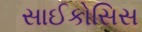
સાઈકોસિસ